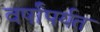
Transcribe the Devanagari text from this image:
वर्षांपर्यत